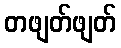
တဖျတ်ဖျတ်